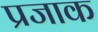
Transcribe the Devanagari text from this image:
प्रजाक